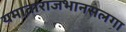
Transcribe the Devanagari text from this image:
यमाताराजभानसलगा